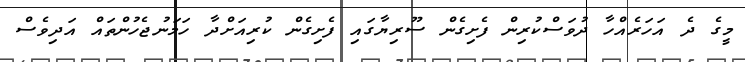
މީގެ ދެ އަހަރެއްހާ ދުވަސްކުރިން ފެށިގެން ސޫރިޔާގައި ފެށިގެން ކުރިއަށްދާ ހަމަނުޖެހުންތައް އަދިވެސް